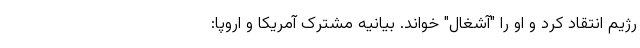
رژیم انتقاد کرد و او را "آشغال" خواند. بیانیه مشترک آمریکا و اروپا: